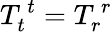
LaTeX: T_{t}^{~t}=T_{r}^{~r}